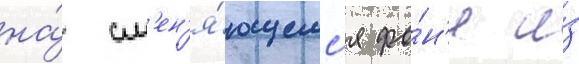
на́ см'ен'я́ющемс'я фо́н'е и́з